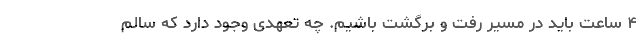
۴ ساعت باید در مسیر رفت و برگشت باشیم. چه تعهدی وجود دارد که سالم